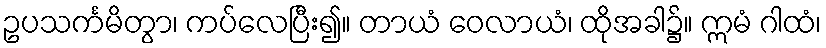
ဥပသင်္ကမိတွာ၊ ကပ်လေပြီး၍။ တာယံ ဝေလာယံ၊ ထိုအခါ၌။ ဣမံ ဂါထံ၊